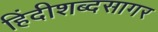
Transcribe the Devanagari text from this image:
हिंदीशब्दसागर